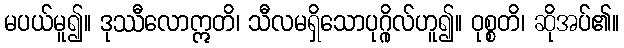
မပယ်မူ၍။ ဒုဿီလောဣတိ၊ သီလမရှိသောပုဂ္ဂိုလ်ဟူ၍။ ဝုစ္စတိ၊ ဆိုအပ်၏။